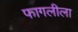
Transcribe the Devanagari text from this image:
फागलीला